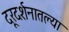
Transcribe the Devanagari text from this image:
दूरदर्शनातल्या